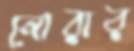
নোরার